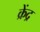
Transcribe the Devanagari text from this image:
क्रेंद्र